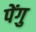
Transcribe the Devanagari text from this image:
पेंगु